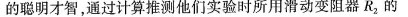
的聪明才智，通过计算推测他们实验时所用滑动变阻器R2的